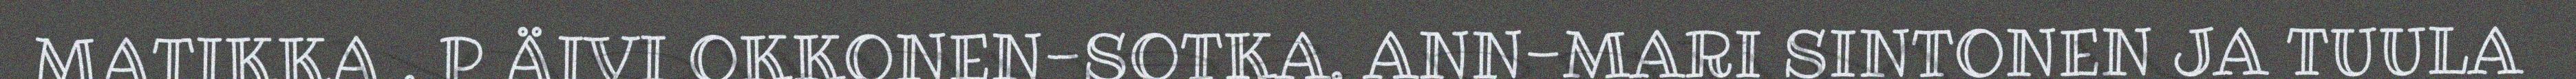
MATIKKA . P ÄIVI OKKONEN-SOTKA, ANN-MARI SINTONEN JA TUULA